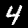
Digit: 4